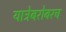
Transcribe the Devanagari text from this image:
यात्रेबरोबरच